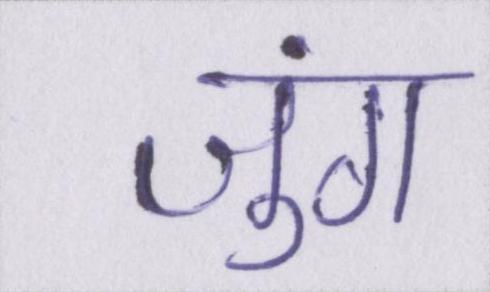
जुंग